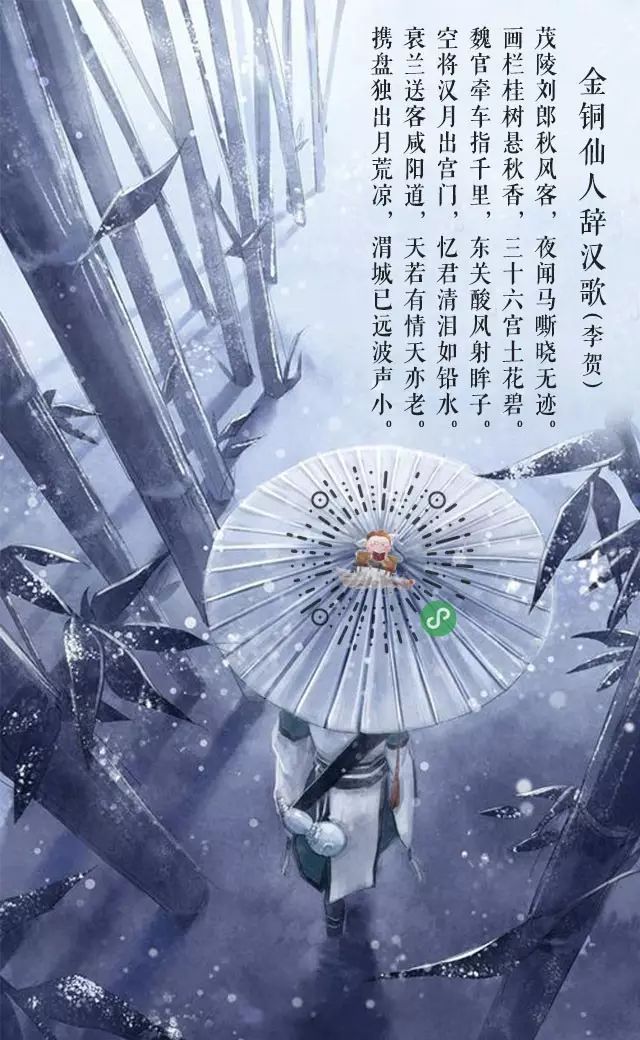
携盘独出月荒凉，渭城已远波声小。